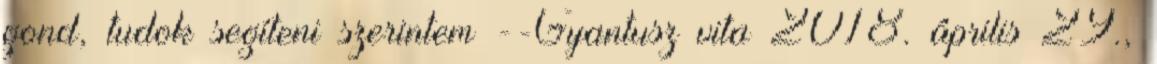
gond, tudok segíteni szerintem --Gyantusz vita 2018. április 29.,